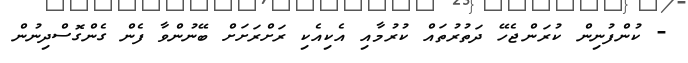
- ކުންފުނިން ކުރަންޖެހޭ ދަތުރުތައް ކުރުމާއި އެކިއެކި ރަށްރަށަށް ބޭނުންވާ ފެން ގެންގޮސްދިނުން